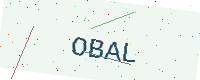
Text: OBAL